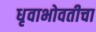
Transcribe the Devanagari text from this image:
धृवाभोवतीचा